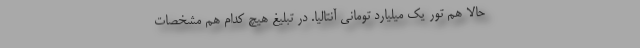
حالا هم تور یک میلیارد تومانی آنتالیا. در تبلیغ هیچ کدام هم مشخصاتِ